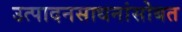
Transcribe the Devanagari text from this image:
उत्पादनसाधनांसोबत